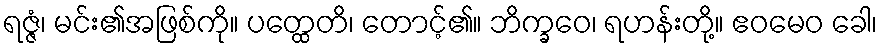
ရဇ္ဇံ၊ မင်း၏အဖြစ်ကို။ ပတ္ထေတိ၊ တောင့်၏။ ဘိက္ခဝေ၊ ရဟန်းတို့။ ဧဝမေဝ ခေါ၊